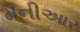
મનીઆર